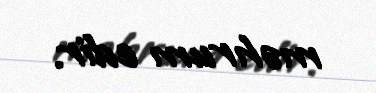
məhrum edir.